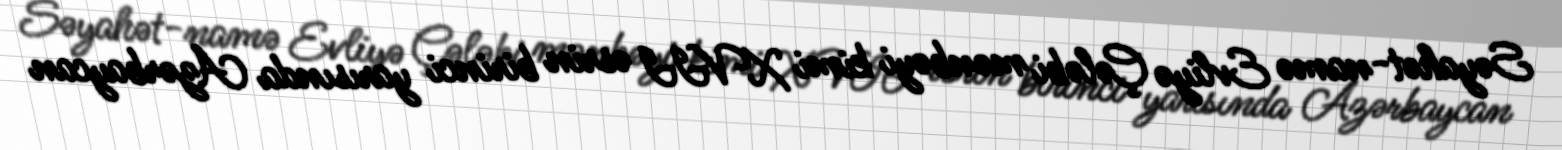
Səyahət-namə Evliyə Çələbi mənbəyi kimi XVII əsrin birinci yarısında Azərbaycan